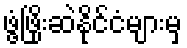
ဖွံ့ဖြိုးဆဲနိုင်ငံများမှ